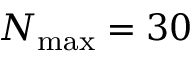
N _ { \mathrm { m a x } } = 3 0